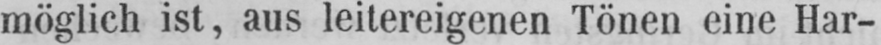
möglich ist, aus leitereigenen Tönen eine Har-